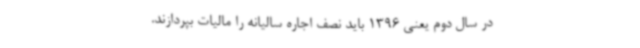
در سال دوم یعنی 1396 باید نصف اجاره سالیانه را مالیات بپردازند. ‌